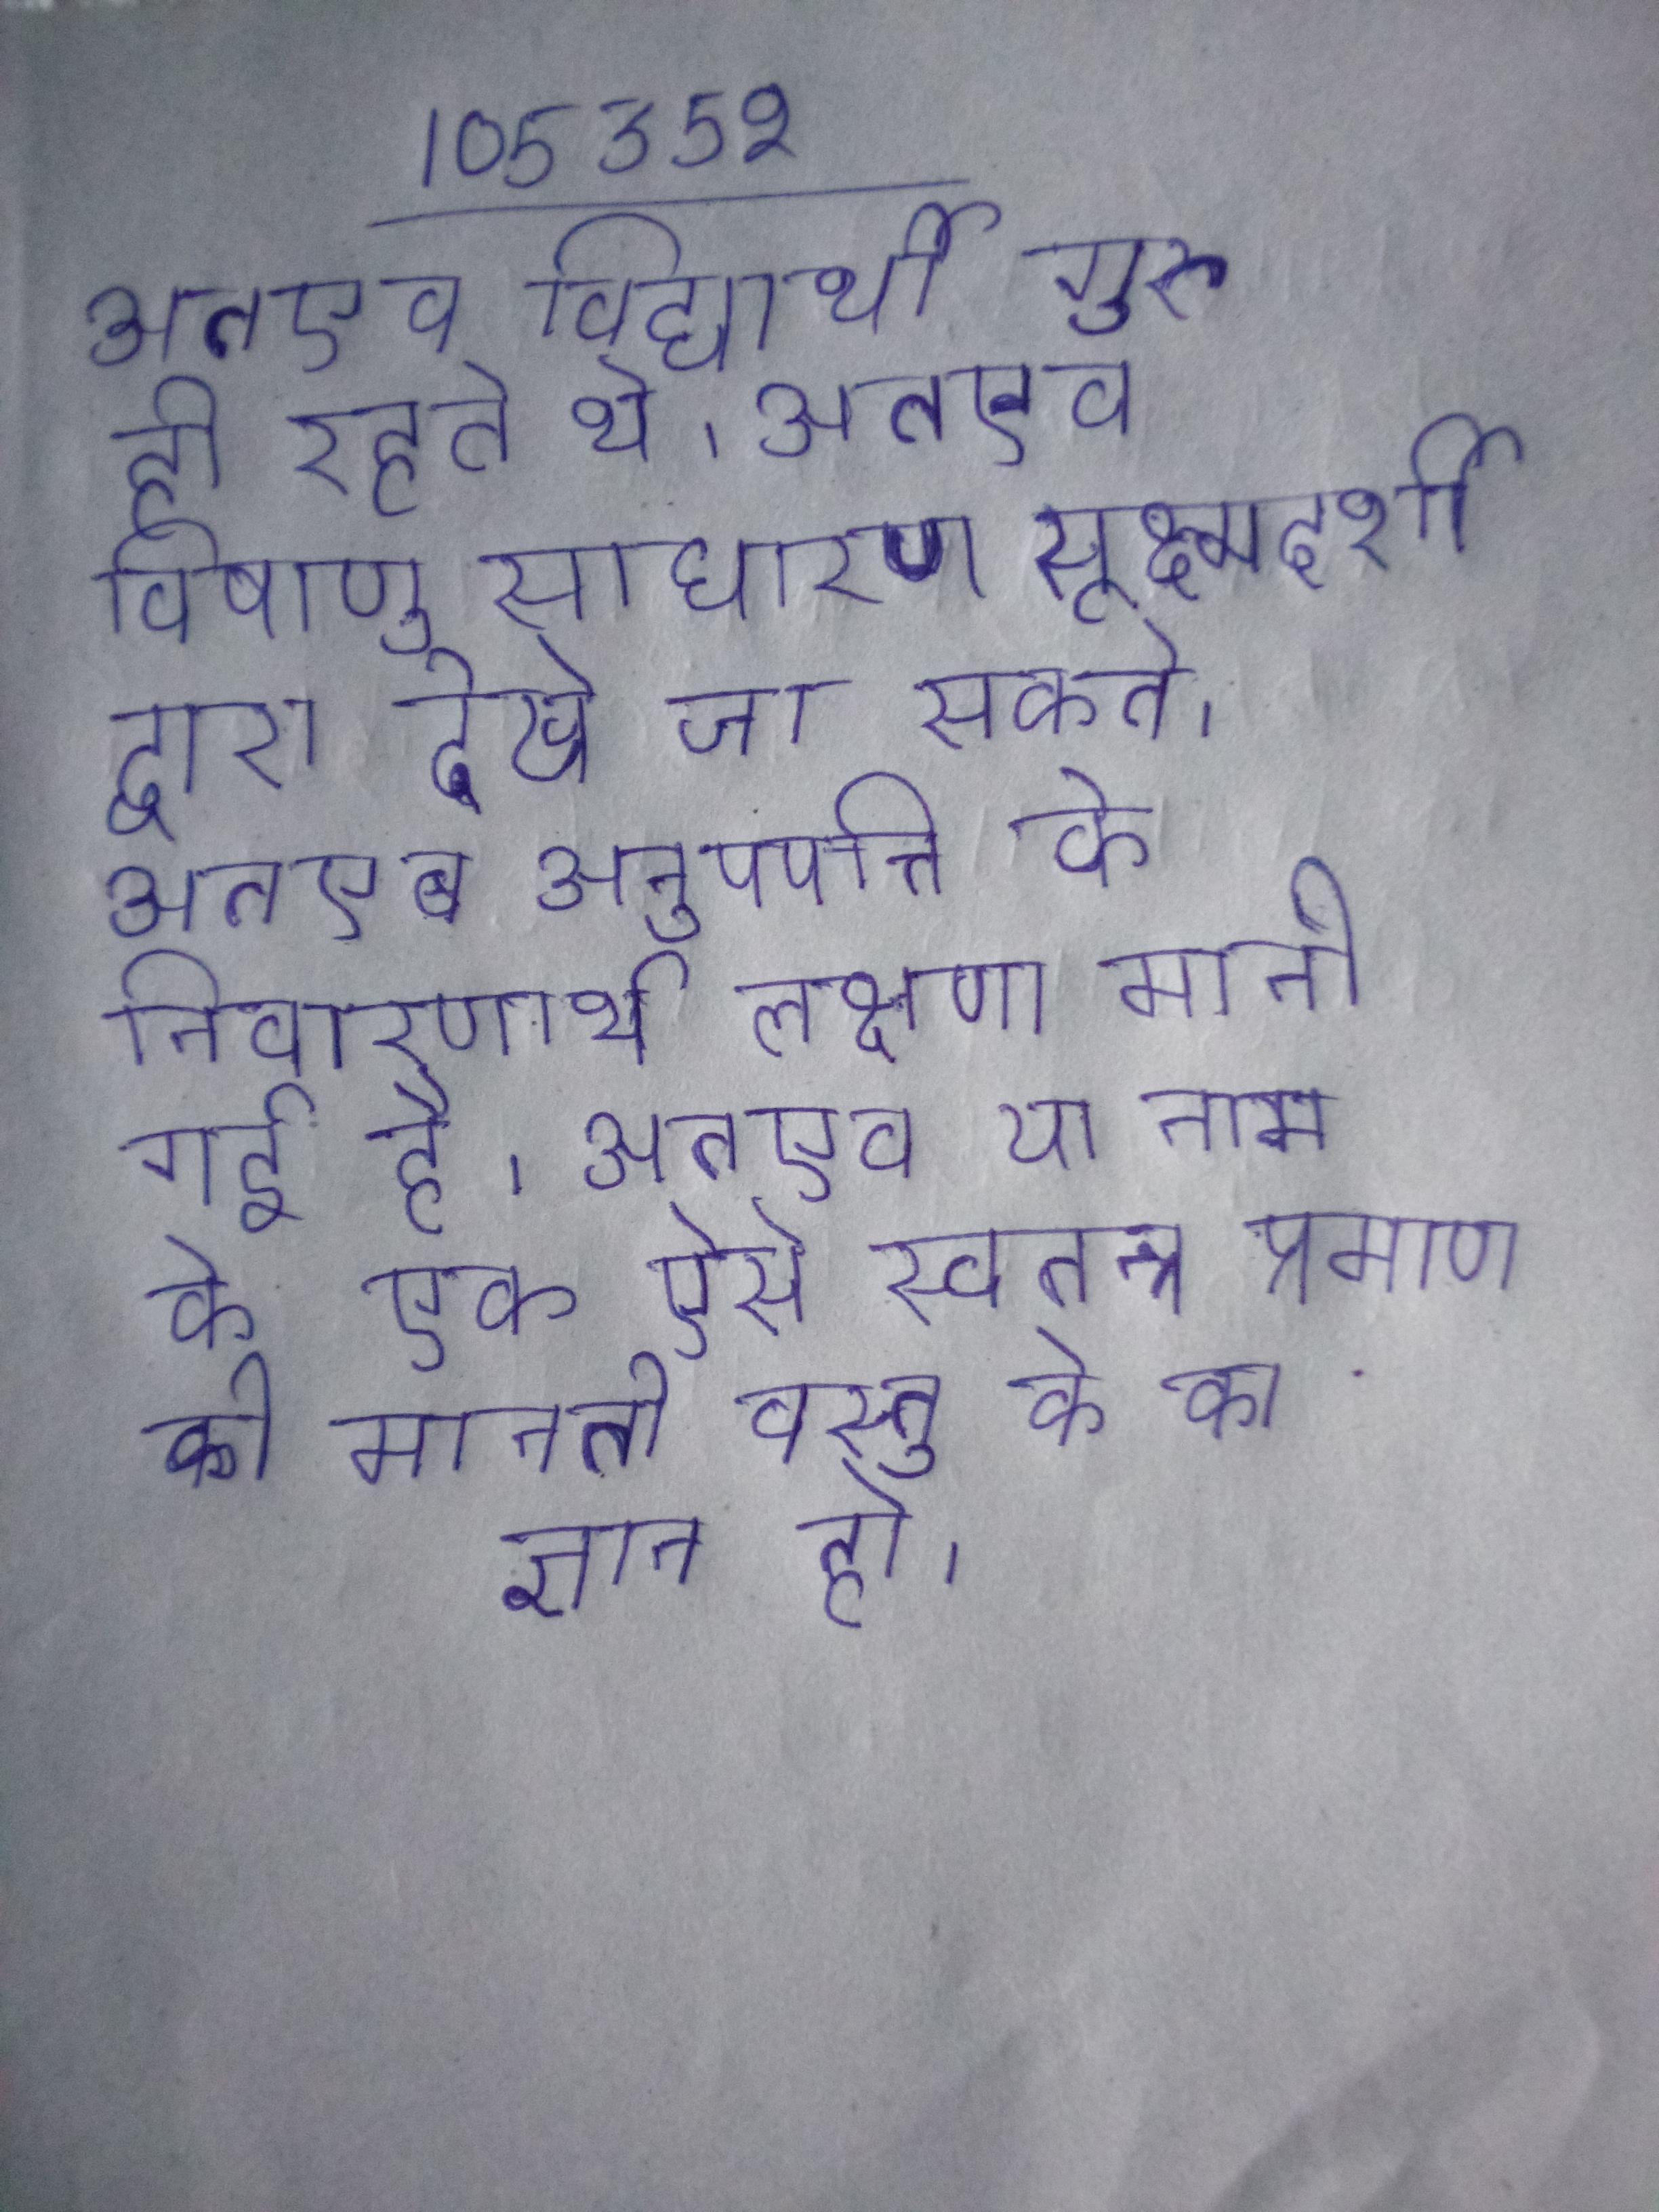
अतएव विद्यार्थी गुरु ही रहते थे । अतएव विषाणु साधारण सूक्ष्मदर्शी द्वारा देखे जा सकते । अतएव अनुपपत्ति के निवारणार्थ लक्षणा मानी गई है । अतएव या नाम के एक ऐसे स्वतन्त्र प्रमाण को मानते जिसके द्वारा किसी वस्तु के का ज्ञान हो ।